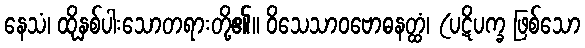
နေသံ၊ ထိုနှစ်ပါးသောတရားတို့၏။ ဝိသေသာဝဗောဓနတ္ထံ၊ (ပဋိပက္ခ ဖြစ်သော